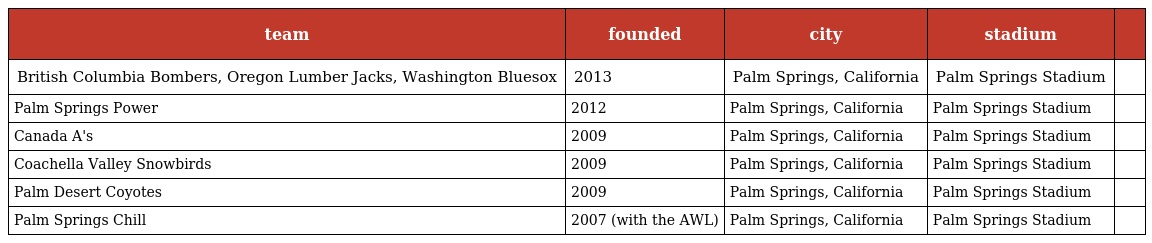
| team | founded | city | stadium |  |
 | --- | --- | --- | --- | --- |
 | British Columbia Bombers, Oregon Lumber Jacks, Washington Bluesox | 2013 | Palm Springs, California | Palm Springs Stadium |  |
 | Palm Springs Power | 2012 | Palm Springs, California | Palm Springs Stadium |  |
 | Canada A's | 2009 | Palm Springs, California | Palm Springs Stadium |  |
 | Coachella Valley Snowbirds | 2009 | Palm Springs, California | Palm Springs Stadium |  |
 | Palm Desert Coyotes | 2009 | Palm Springs, California | Palm Springs Stadium |  |
 | Palm Springs Chill | 2007 (with the AWL) | Palm Springs, California | Palm Springs Stadium |  |